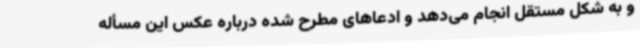
و به شکل مستقل انجام می‌دهد و ادعاهای مطرح شده درباره عکس این مسأله